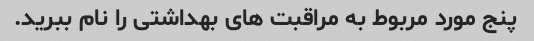
پنج مورد مربوط به مراقبت های بهداشتی را نام ببرید.